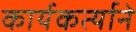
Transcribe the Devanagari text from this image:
कार्यकर्त्याने